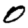
Digit: 0